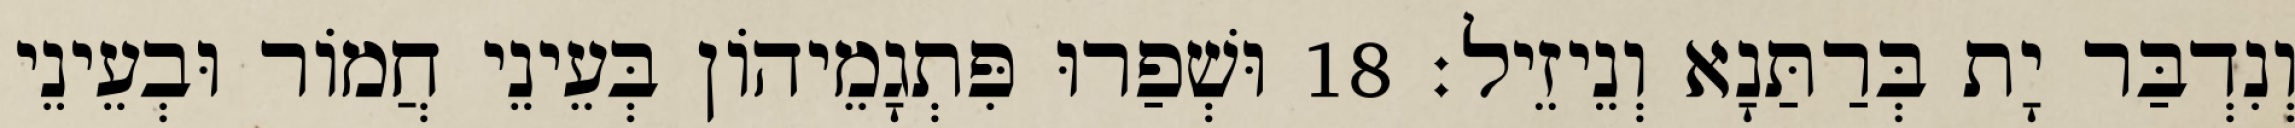
וְנִדְבַּר יָת בְּרַתַּנָא וְנֵיזֵיל׃ 18 וּשְׁפַרוּ פִּתְגָמֵיהוֹן בְּעֵינֵי חֲמוֹר וּבְעֵינֵי